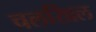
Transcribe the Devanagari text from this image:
चलखिल